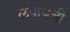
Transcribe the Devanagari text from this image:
लपायची